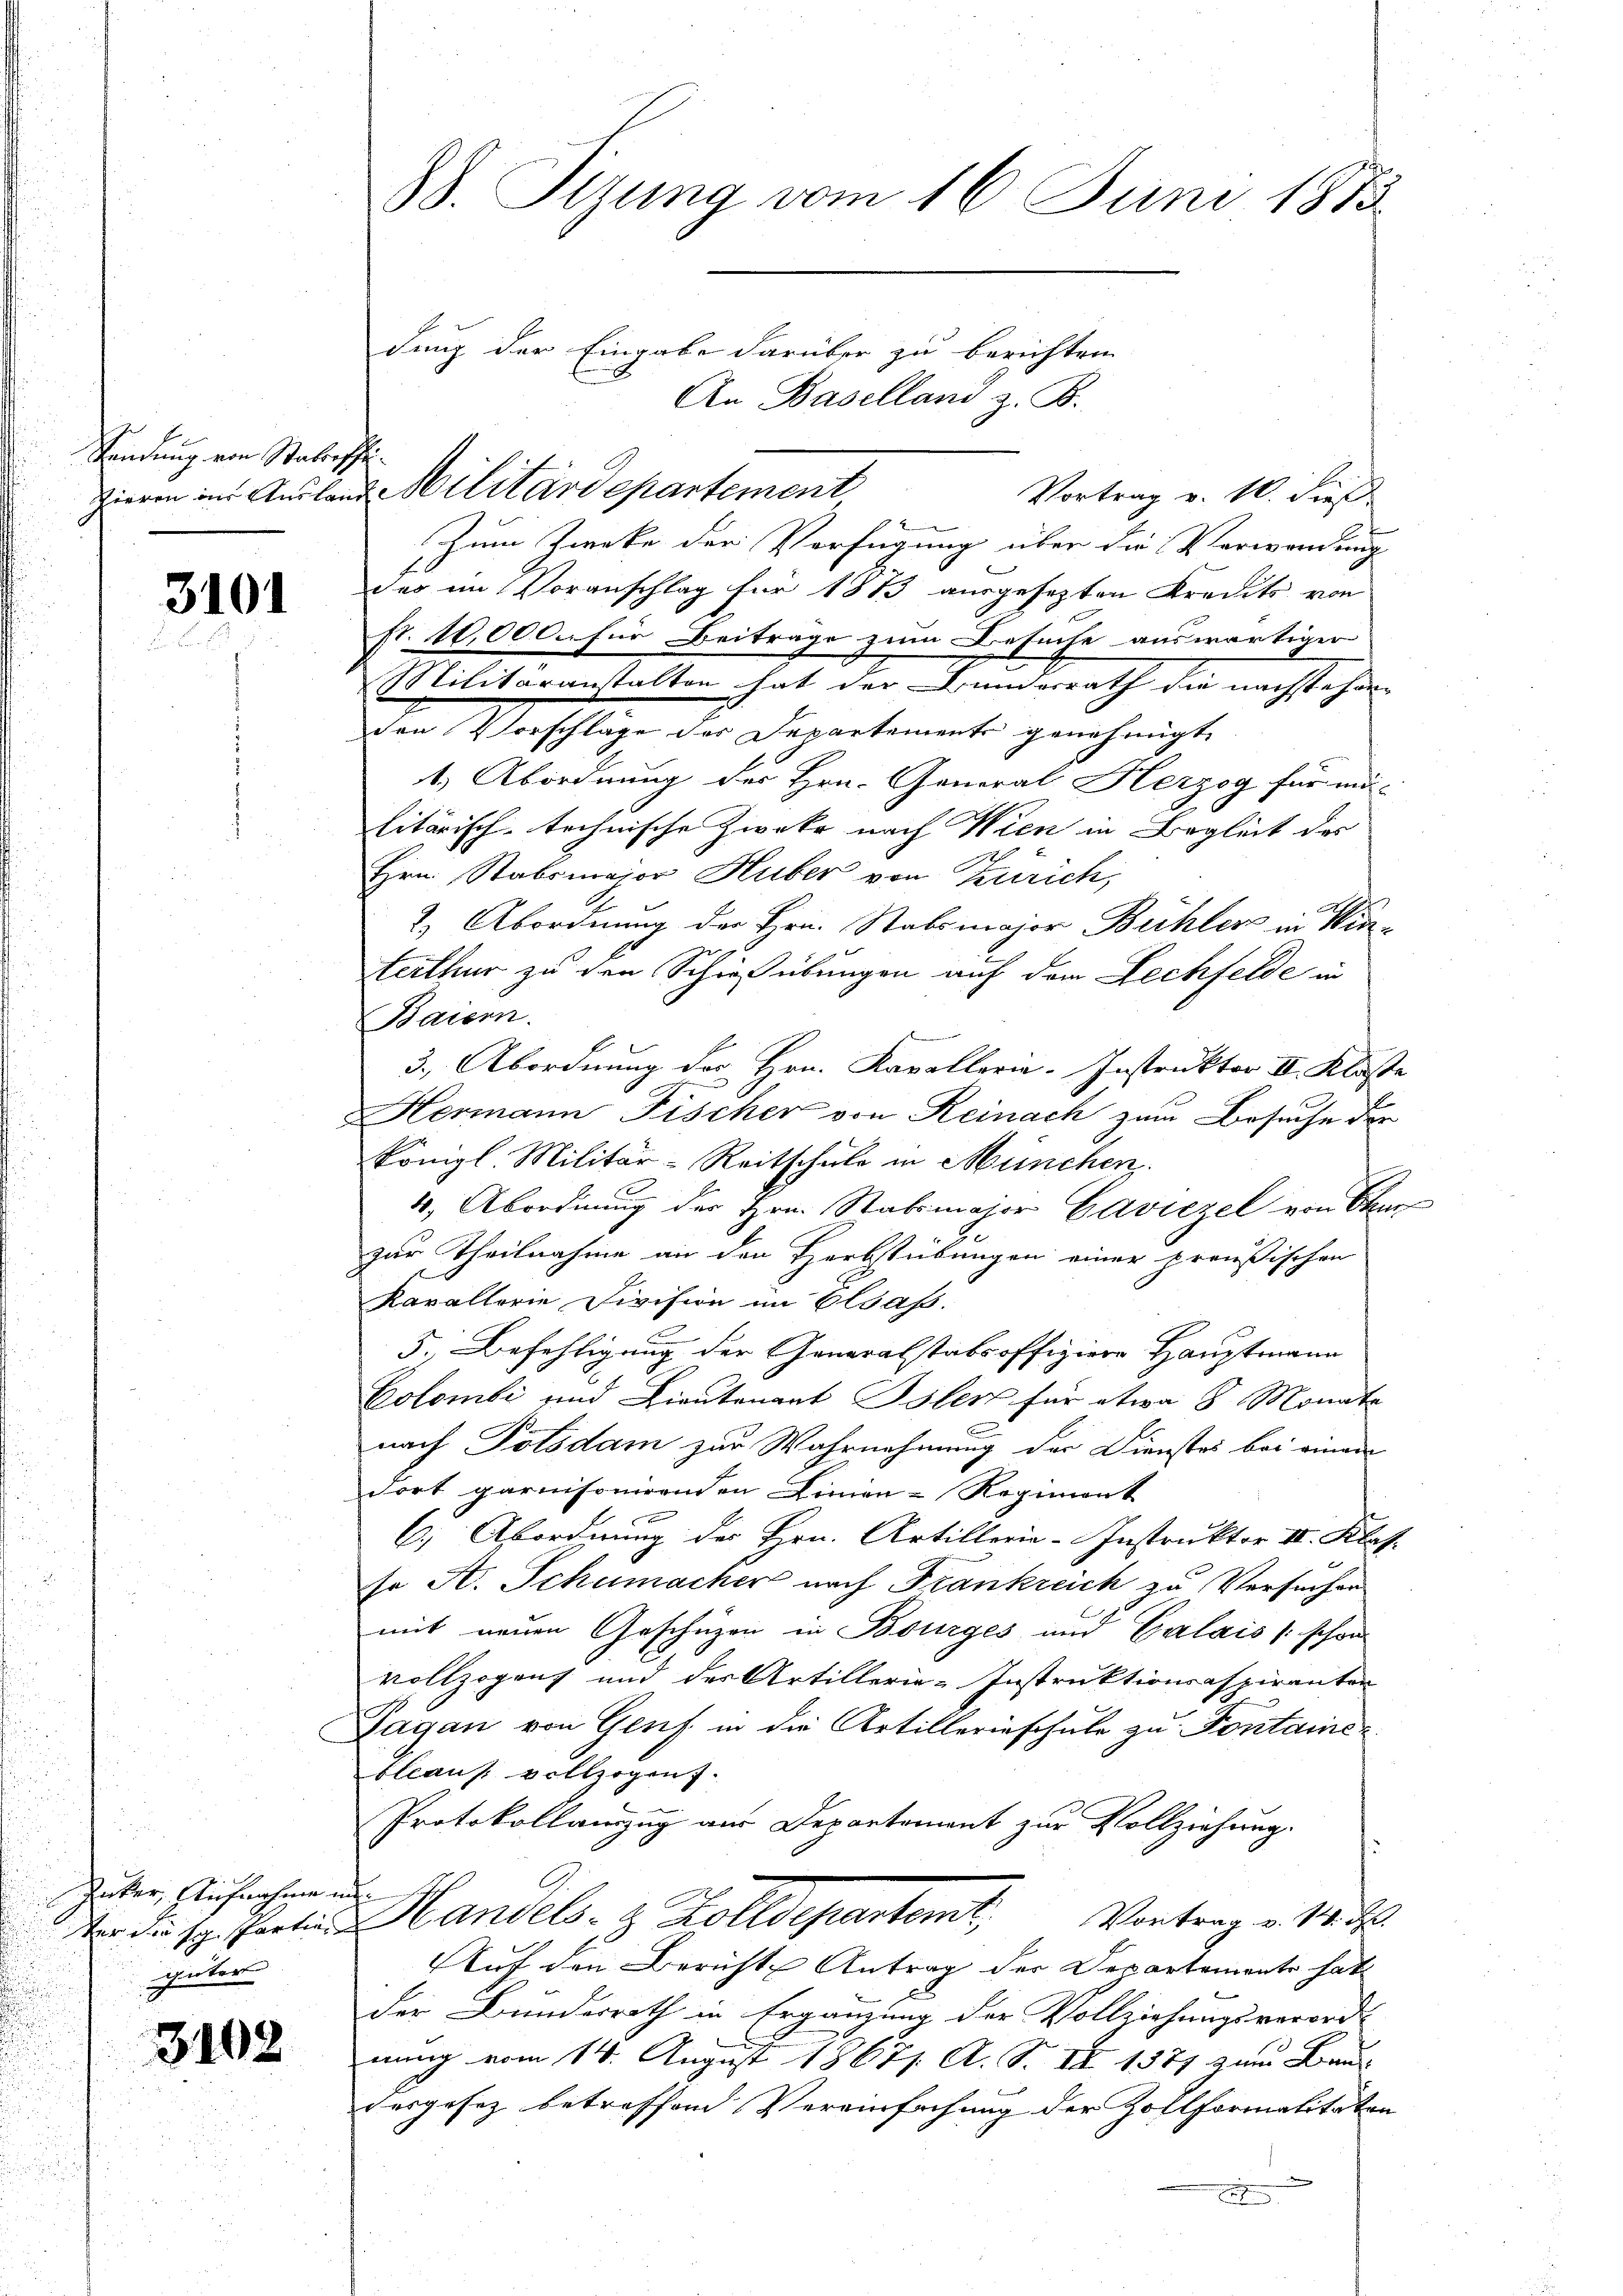
Sendung von Statteschei¬

3101

Jocker, Reichnahme ungüter

3102

88. Sizung vom 16. Juni 1873

dung der Eingabe darüber zu berichten
An Baselland z. B.
Vortrag v. 10. dieß
Zum Zwecke der Verfügung über die Verwendung
das im Voranschlag für 1813 ausgesetzten Kredits von
fr. 10,000. für Beiträge zum Besuche auswärtiger
Militäranstalten hat der Bunderrath die nachstehen
den Vorschläge des Departement genehmigt
1.) Abordnung des Hrn. General Herzog für mi-
litärisch-technische Zweke nach Wien in Begleit des
Hrn. Stabsmajor Huber von Zürich,
2.) Abordnung der Hrn. Stabsmajor Bühler in Kin-
erthur zu den Schießübungen auf dem Lechfelde in
Baiern.
3.) Abordnung der Hrn. Kavallaria- Instruktor II. Kloste
Hermann Fischer von Reinach zum Besuche der
königl. Militär-Reitschule in München.
1, Abordnung der Hrn. Stabsmajor Caviezel von Char
zur Theilnahme an den Herbstübungen einer preußischen
kavallerie Division im Elsaß.
5. Befehligung der Generalstabsoffiziere Hauptmann
Colombi und Lieutenant Isler für etwa 8 Monate
nach Potsdam zur Wahrnehmung der Dienstes bei einem
dort garnisonirenden Linien-Regiment
C.) Abordnung des Hrn. Artillerie-Instruktor II. Klass
so A. Schumacher nach Frankreich zu Versuchen
mit neuen Geschüzen in Bourges und Calais (schon
vollzogen und der Artillerie-Instruktionsaspiranten
Dagan von Genf in die Artillerieschule zu Fontaine¬
Eleaus vollzogen.
Protokollauszug aus Departement zur Vollziehung.
 di sp. Partin Handels- & Zolldepartemt. Vortrage 12 d
Auf den Bericht Antrag der Departemente hat
der Bundesrath in Ergänzung der Vollziehungsverord-
nung vom 14. August 18671. A. S. II 1377 zum Bau
desgesez betreffend Vereinfachung der Zollformalitäten
ren
hn

Vieren in Ausland Militärdepartement